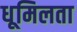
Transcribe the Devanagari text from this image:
धूमिलता